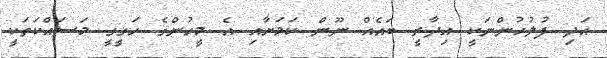
އަދި ފުލުހުންނަކީ އިދާރީ ބައެއް ނޫން ކަމަށާއި އެ މީހުންގެ ހަގީގީ މަސައްކަތަކީ